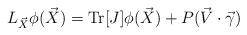
LaTeX: \begin{align*} L_{\vec{X}} \phi (\vec{X}) = \mbox{Tr}[J] \phi (\vec{X}) + P (\vec{V} \cdot \vec{\gamma})\end{align*}